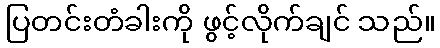
ပြတင်းတံခါးကို ဖွင့်လိုက်ချင် သည်။